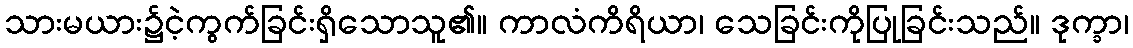
သားမယား၌ငဲ့ကွက်ခြင်းရှိသောသူ၏။ ကာလံကိရိယာ၊ သေခြင်းကိုပြုခြင်းသည်။ ဒုက္ခာ၊